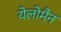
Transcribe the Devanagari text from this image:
येलोमैन